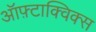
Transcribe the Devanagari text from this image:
ऑफ़्टाक्विक्स